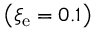
\left( \xi _ { \mathrm { e } } = 0 . 1 \right)